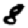
Digit: 8